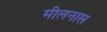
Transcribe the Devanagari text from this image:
मीलनास